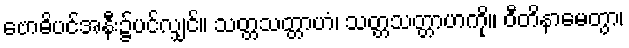
ဗောဓိပင်အနီး၌ပင်လျှင်။ သတ္တသတ္တာဟံ၊ သတ္တသတ္တာဟကို။ ဝီတိနာမေတွာ၊